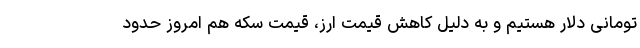
تومانی دلار هستیم و به دلیل کاهش قیمت ارز، قیمت سکه هم امروز حدود